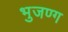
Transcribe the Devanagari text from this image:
भुजण्ग